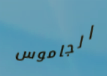
الجاموس